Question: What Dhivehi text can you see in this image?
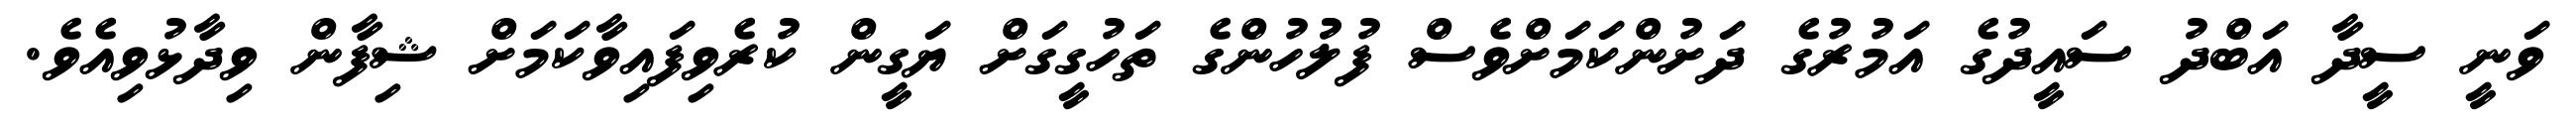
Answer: ވަނީ ސީދާ އަބްދު ސައީދުގެ އަމުރުގެ ދަށުންކަމަށްވެސް ފުލުުހުންގެ ތަހުގީގަށް ޔަގީން ކުރެވިފައިވާކަމަށް ޝިފާން ވިދާޅުވިއެވެ.